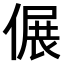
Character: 𠌄